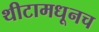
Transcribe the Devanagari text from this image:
थीटामधूनच